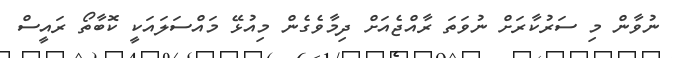
ނުވާން މި ސަރުކާރަށް ނުވަތަ ރާއްޖެއަށް ދިމާވެގެން މިއުޅޭ މައްސަލައަކީ ކޮބާތޯ ރައީސް